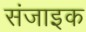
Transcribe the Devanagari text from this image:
संजाइक